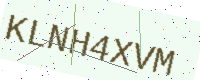
Text: KLNH4XVM